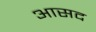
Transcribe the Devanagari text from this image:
आसद